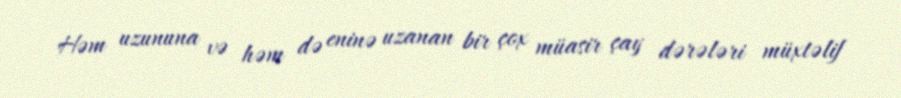
Həm uzununa və həm də eninə uzanan bir çox müasir çay dərələri müxtəlif